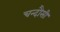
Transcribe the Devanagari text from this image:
चन्‍दौसी